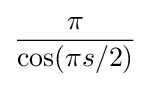
{\frac {\pi }{\cos(\pi s/2)}}